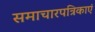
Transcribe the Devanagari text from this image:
समाचारपत्रिकाएं